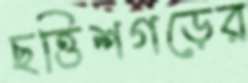
ছত্তিশগড়ের